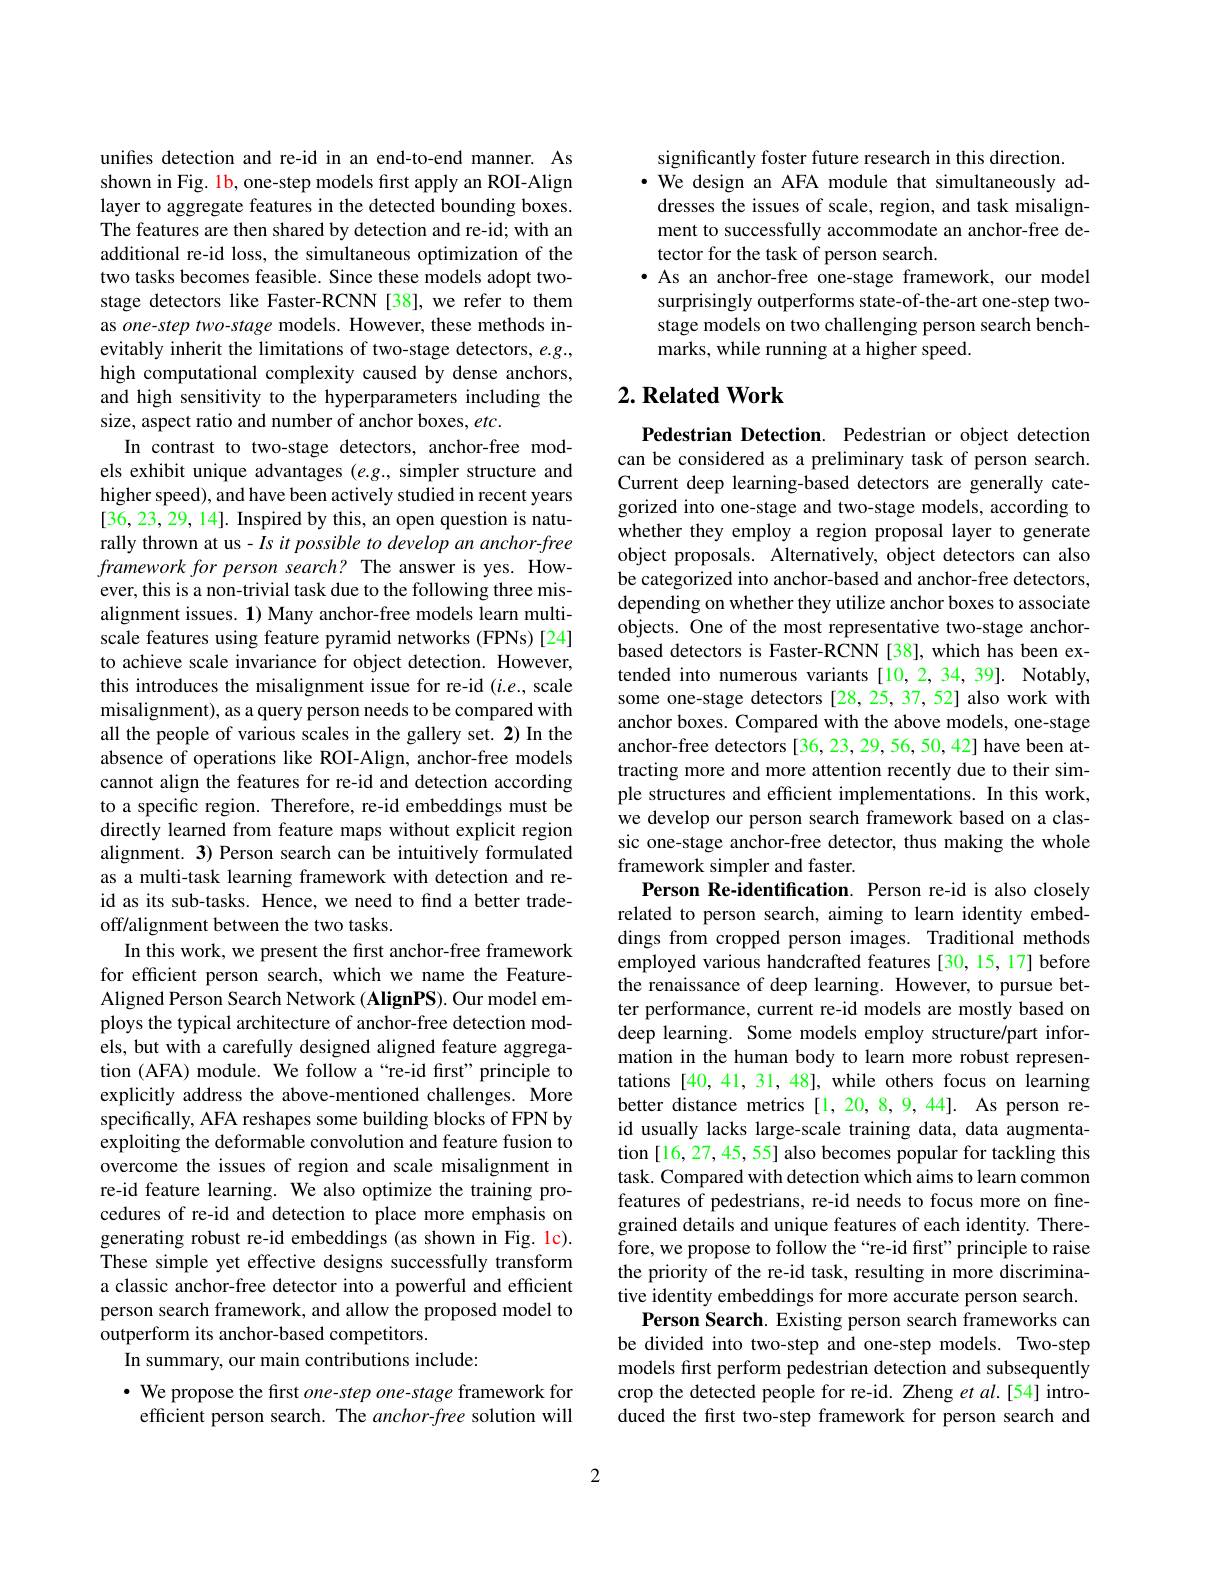
unifes detection and re-id in an end-to-end manner. As shown in Fig. 1b, one-step models first apply an ROI-Align layer to aggregate features in the detected bounding boxes. The features are then shared by detection and re-id; with an additional re-id loss, the simultaneous optimization of the two tasks becomes feasible. Since these models adopt twostage detectors like Faster-RCNN [38], we refer to them as one-step two-stage models. However, these methods inevitably inherit the limitations of two-stage detectors, e.g., high computational complexity caused by dense anchors, and high sensitivity to the hyperparameters including the size, aspect ratio and number of anchor boxes, etc.
In contrast to two-stage detectors, anchor-free models exhibit unique advantages $(e.g.$, simpler structure and higher speed), and have been actively studied in recent years [36,23,29,14]. Inspired by this, an open question is naturally thrown at us- Is it possible to develop an anchor-free framework for person search? The answer is yes. However, this is a non-trivial task due to the following three misalignment issues. 1) Many anchor-free models learn multiscale features using feature pyramid networks (FPNs)[24] to achieve scale invariance for object detection. However, this introduces the misalignment issue for re-id $(i.e.$, scale misalignment), as a query person needs to be compared with all the people of various scales in the gallery set. 2) In the absence of operations like ROI-Align, anchor-free models cannot align the features for re-id and detection according to a specific region. Therefore, re-id embeddings must be directly learned from feature maps without explicit region alignment. 3) Person search can be intuitively formulated as a multi-task learning framework with detection and reid as its sub-tasks. Hence, we need to find a better tradeoff/alignment between the two tasks.
In this work, we present the first anchor-free framework for efficient person search, which we name the FeatureAligned Person Search Network (AlignPS). Our model employs the typical architecture of anchor-free detection models, but with a carefully designed aligned feature aggregation (AFA) module. We follow a“re-id first”principle to explicitly address the above-mentioned challenges. More specifically, AFA reshapes some building blocks of FPN by exploiting the deformable convolution and feature fusion to overcome the issues of region and scale misalignment in re-id feature learning. We also optimize the training procedures of re-id and detection to place more emphasis on generating robust re-id embeddings (as shown in Fig. lc). These simple yet effective designs successfully transform a classic anchor-free detector into a powerful and efficient person search framework, and allow the proposed model to outperform its anchor-based competitors.
In summary, our main contributions include:
$\cdot$ We propose the first $one-stepone-stage$ framework for

efficient person search. The anchor-free solution will

significantly foster future research in this direction.
$\bullet$ We design an AFA module that simultaneously addresses the issues of scale, region, and task misalignment to successfully accommodate an anchor-free detector for the task of person search.
· As an anchor-free one-stage framework, our model surprisingly outperforms state-of-the-art one-step twostage models on two challenging person search benchmarks, while running at a higher speed.

## $2. \textbf{ Related Work}$

Pedestrian Detection. Pedestrian or object detection can be considered as a preliminary task of person search. Current deep learning-based detectors are generally categorized into one-stage and two-stage models, according to whether they employ a region proposal layer to generate object proposals. Alternatively, object detectors can also be categorized into anchor-based and anchor-free detectors, depending on whether they utilize anchor boxes to associate objects. One of the most representative two-stage anchorbased detectors is Faster-RCNN [38], which has been extended into numerous variants [10,2,34,39]. Notably, some one-stage detectors [28, 25, 37, 52] also work with anchor boxes. Compared with the above models, one-stage anchor-free detectors [36,23,29,56,50,42] have been attracting more and more attention recently due to their simple structures and efficient implementations. In this work, we develop our person search framework based on a classic one-stage anchor-free detector, thus making the whole framework simpler and faster.
Person Re-identification. Person re-id is also closely related to person search, aiming to learn identity embeddings from cropped person images. Traditional methods employed various handcrafted features [30, 15, 17] before the renaissance of deep learning. However, to pursue better performance, current re-id models are mostly based on deep learning. Some models employ structure/part information in the human body to learn more robust representations [40,41,31,48], while others focus on learning better distance metrics [1,20,8,9,44]. As person reid usually lacks large-scale training data, data augmentation [16, 27, 45, 55] also becomes popular for tackling this task. Compared with detection which aims to learn common features of pedestrians, re-id needs to focus more on finegrained details and unique features of each identity. Therefore, we propose to follow the“re-id first”principle to raise the priority of the re-id task, resulting in more discriminative identity embeddings for more accurate person search.
Person Search. Existing person search frameworks can be divided into two-step and one-step models. Two-step models first perform pedestrian detection and subsequently crop the detected people for re-id. Zheng et al.[54] introduced the first two-step framework for person search and

2